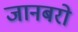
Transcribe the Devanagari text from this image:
जानबरो